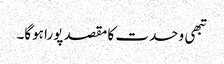
تبھی وحدت کا مقصد پورا ہوگا۔